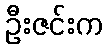
ဦးဇင်းက